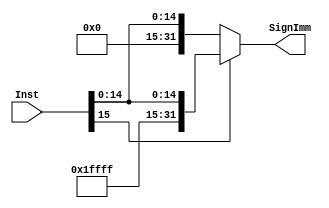
module Sign_Extend(

input [15:0] Inst,
output reg [31:0] SignImm
    
);

always @(Inst) begin

    if(Inst[15]==1)
         SignImm<= {16'hFFFF,Inst};
    else
         SignImm<= {16'h0000,Inst};
    
end

endmodule